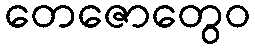
တေဇောတွေဝ